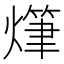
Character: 𤏫